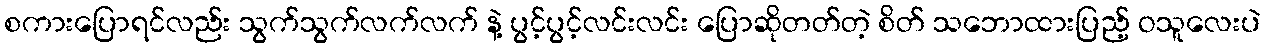
စကားပြောရင်လည်း သွက်သွက်လက်လက် နဲ့ ပွင့်ပွင့်လင်းလင်း ပြောဆိုတတ်တဲ့ စိတ် သဘောထားပြည့် ဝသူလေးပဲ